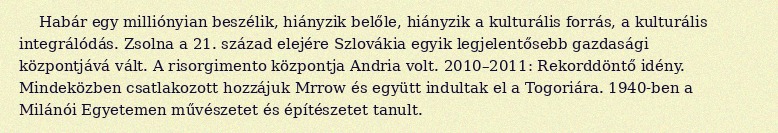
Habár egy milliónyian beszélik, hiányzik belőle, hiányzik a kulturális forrás, a kulturális integrálódás. Zsolna a 21. század elejére Szlovákia egyik legjelentősebb gazdasági központjává vált. A risorgimento központja Andria volt. 2010–2011: Rekorddöntő idény. Mindeközben csatlakozott hozzájuk Mrrow és együtt indultak el a Togoriára. 1940-ben a Milánói Egyetemen művészetet és építészetet tanult.